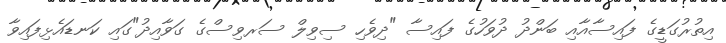
އިތުރުގަޑީގެ ފައިސާއާއި ބަންދު ދުވަހުގެ ފައިސާ "ދިވެހި ސިވިލް ސަރވިސްގެ ގަވާއިދު"ގައި ކަނޑައެޅިފައިވާ